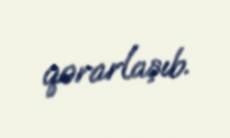
qərarlaşıb.